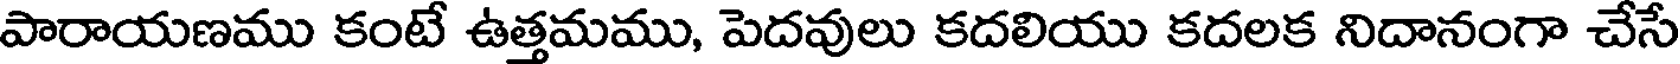
పారాయణము కంటే ఉత్తమము, పెదవులు కదలియు కదలక నిదానంగా చేసే